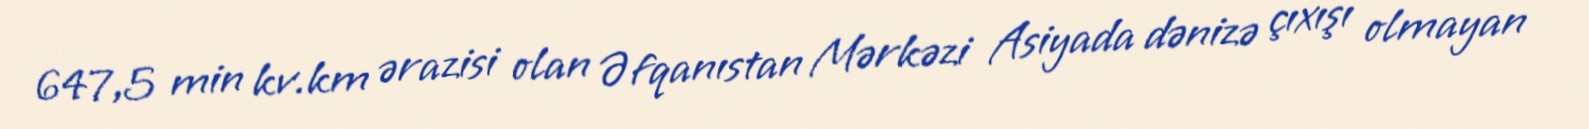
647,5 min kv.km ərazisi olan Əfqanıstan Mərkəzi Asiyada dənizə çıxışı olmayan